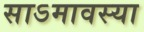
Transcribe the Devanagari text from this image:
साऽमावस्या